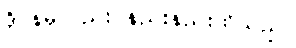
ဒိုင်နမိုလည်း နည်းနည်းထိသည်။